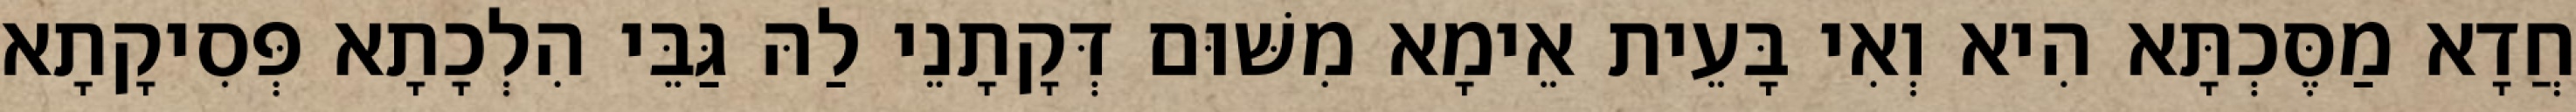
חֲדָא מַסֶּכְתָּא הִיא וְאִי בָּעֵית אֵימָא מִשּׁוּם דְּקָתָנֵי לַהּ גַּבֵּי הִלְכָתָא פְּסִיקָתָא